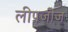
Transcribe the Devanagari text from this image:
लीपजीज